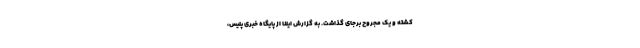
کشته و یک مجروح برجای گذاشت. به گزارش ایلنا از پایگاه خبری پلیس،